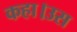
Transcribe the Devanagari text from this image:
कहा।उस